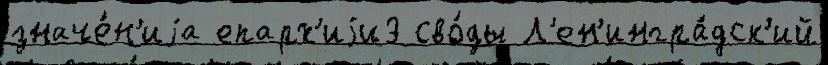
значе́н'иjа епарх'иjи3 сво́ды Л'ен'ингра́дск'ий